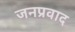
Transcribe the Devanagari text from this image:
जनप्रवाद